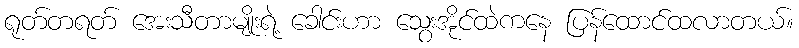
ရုတ်တရတ် အေးသီတာမျိုးရဲ့ ခေါင်းဟာ သွေးအိုင်ထဲကနေ ပြန်ထောင်ထလာတယ်။